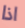
اذا